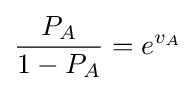
{\frac {P_{A}}{1-P_{A}}}=e^{v_{A}}